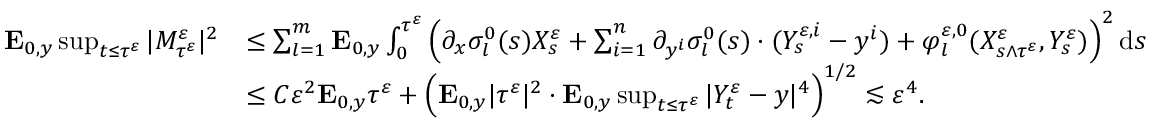
\begin{array} { r l } { \mathbf { E } _ { 0 , y } \operatorname* { s u p } _ { t \leq \tau ^ { \varepsilon } } | M _ { \tau ^ { \varepsilon } } ^ { \varepsilon } | ^ { 2 } } & { \leq \sum _ { l = 1 } ^ { m } \mathbf { E } _ { 0 , y } \int _ { 0 } ^ { \tau ^ { \varepsilon } } \Big ( \partial _ { x } \sigma _ { l } ^ { 0 } ( s ) X _ { s } ^ { \varepsilon } + \sum _ { i = 1 } ^ { n } \partial _ { y ^ { i } } \sigma _ { l } ^ { 0 } ( s ) \cdot ( Y _ { s } ^ { \varepsilon , i } - y ^ { i } ) + \varphi _ { l } ^ { \varepsilon , 0 } ( X _ { s \wedge \tau ^ { \varepsilon } } ^ { \varepsilon } , Y _ { s } ^ { \varepsilon } ) \Big ) ^ { 2 } \, \mathrm { d } s } \\ & { \leq C \varepsilon ^ { 2 } \mathbf { E } _ { 0 , y } \tau ^ { \varepsilon } + \Big ( \mathbf { E } _ { 0 , y } | \tau ^ { \varepsilon } | ^ { 2 } \cdot \mathbf { E } _ { 0 , y } \operatorname* { s u p } _ { t \leq \tau ^ { \varepsilon } } | Y _ { t } ^ { \varepsilon } - y | ^ { 4 } \Big ) ^ { 1 / 2 } \lesssim \varepsilon ^ { 4 } . } \end{array}